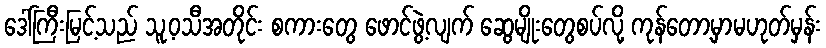
ဒေါ်ကြီးမြင့်သည် သူ့ဝသီအတိုင်း စကားတွေ ဖောင်ဖွဲ့လျက် ဆွေမျိုးတွေစပ်လို့ ကုန်တော့မှာမဟုတ်မှန်း